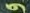
و